Indian journal of veterinary science and animal husbandry - Volumes 18-21, 1948-1951
Year: 1948
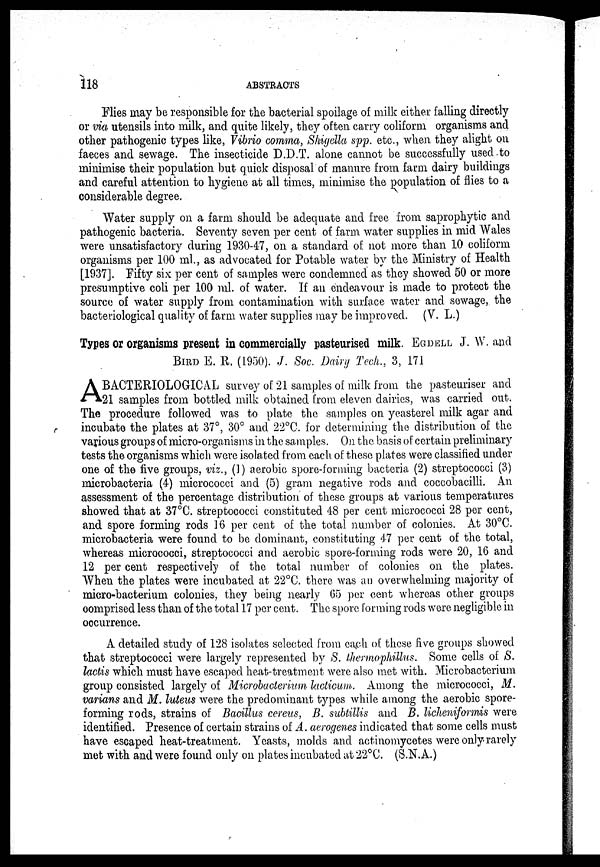
118
ABSTRACTS
Flies may be responsible for the bacterial spoilage of milk either falling directly
or via utensils into milk, and quite likely, they often carry coliform organisms and
other pathogenic types like, Vibrio comma, Shigclla spp. etc., when they alight on
faeces and sewage. The insecticide D.D.T. alone cannot be successfully used to
minimise their population but quick disposal of manure from farm dairy buildings
and careful attention to hygiene at all times, minimise the population of flies to a
considerable degree.
Water supply on a farm should be adequate and free from saprophytic and
pathogenic bacteria. Seventy seven per cent of farm water supplies in mid Wales
were unsatisfactory during 1930-47, on a standard of not more than 10 coliform
organisms per 100 ml., as advocated for Potable water by the Ministry of Health
[1937]. Fifty six per cent of samples were condemned as they showed 50 or more
presumptive coli per 100 ml. of water. If an endeavour is made to protect the
source of water supply from contamination with surface water and sewage, the
bacteriological quality of farm water supplies may be improved. (V. L.)
Types or organisms present in commercially pasteurised milk. EGDELL J. W. and
BIRD E. R. (1950). J. Soc. Dairy Tech., 3, 171
A BACTERIOLOGICAL survey of 21 samples of milk from the pasteuriser and
21 samples from bottled milk obtained from eleven dairies, was carried out.
The procedure followed was to plate the samples on yeasterel milk agar and
incubate the plates at 37°, 30° and 22°C. for determining the distribution of the
various groups of micro-organisms in the samples. On the basis of certain preliminary
tests the organisms which were isolated from each of these plates were classified under
one of the five groups, viz., (1) aerobic spore-forming bacteria (2) streptococci (3)
microbacteria (4) micrococci and (5) gram negative rods and coccobacilli. An
assessment of the percentage distribution of these groups at various temperatures
showed that at 37°C. streptococci constituted 48 per cent micrococci 28 per cent,
and spore forming rods 16 per cent of the total number of colonies. At 30°C.
microbacteria were found to be dominant, constituting 47 per cent of the total,
whereas micrococci, streptococci and aerobic spore-forming rods were 20, 16 and
12 per cent respectively of the total number of colonies on the plates.
When the plates were incubated at 22°C. there was an overwhelming majority of
micro-bacterium colonies, they being nearly 65 per cent whereas other groups
oomprised less than of the total 17 per cent. The spore forming rods were negligible in
oocurrence.
A detailed study of 128 isolates selected from each of these five groups showed
that streptococci were largely represented by S. thermophillus. Some cells of S.
lactis which must have escaped heat-treatment were also met with. Microbacterium
group consisted largely of Microbacterium- lacticum. Among the micrococci, M.
varians and M. luteus were the predominant types while among the aerobic spore-
forming rods, strains of Bacillus cereus, B. subtillis and B. licheniformis were
identified. Presence of certain strains of A. aerogenes indicated that some cells must
have escaped heat-treatment. Yeasts, molds and actinomycotes were only rarely
met with and were found only on plates incubated at 22°C. (S.N. A.)